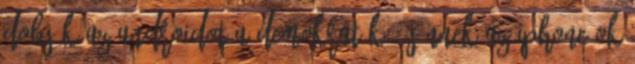
Dobják az Androidot a demokraták - jönnek az iPhone-ok